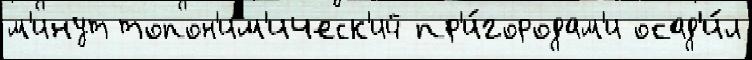
м'инут топон'им'ическ'ий пр'и́городам'и осад'и́л